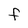
Character: F